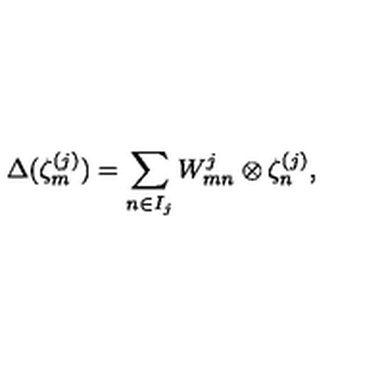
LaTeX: \Delta ( \zeta _ { m } ^ { ( j ) } ) = \sum _ { n \in I _ { j } } W _ { m n } ^ { j } \otimes \zeta _ { n } ^ { ( j ) } ,